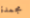
مجمدة